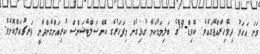
ވަނަ އަހަރު ދިވެހިރާއްޖޭގައެވެ. ކޮވިޑް-19ގެ ބަލިމަޑުކަމާ ގުޅިގެން މިފަހަރުގެ ކޮންސަލްޓޭޝަންސް ކުރިއަށްގެންދާނީ ވަރޗުއަލްކޮށެވެ.